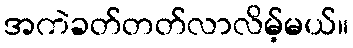
အကဲခတ်တတ်လာလိမ့်မယ်။